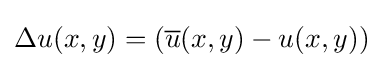
\Delta u(x,y)=({\overline {u}}(x,y)-u(x,y))